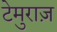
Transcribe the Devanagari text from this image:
टेमुराज़